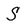
Character: S